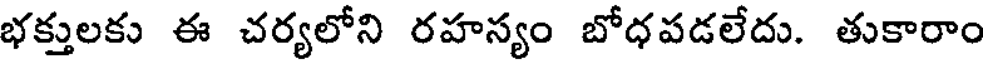
భక్తులకు ఈ చర్యలోని రహస్యం బోధపడలేదు. తుకారాం